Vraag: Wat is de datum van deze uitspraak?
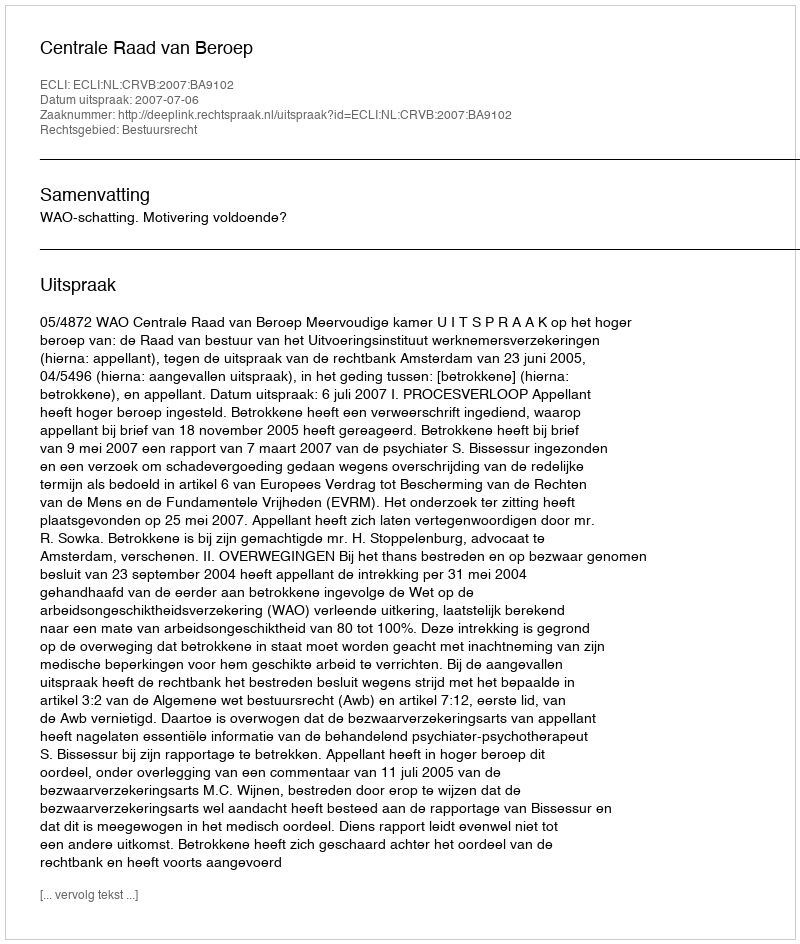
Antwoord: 2007-07-06